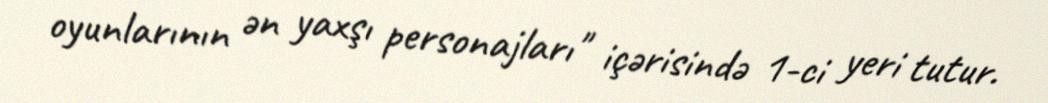
oyunlarının ən yaxşı personajları" içərisində 1-ci yeri tutur.